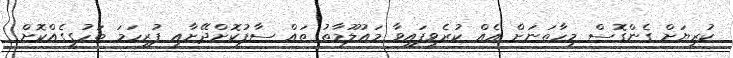
ކުރިޔަށް ގެންގޮސް މިހާތަނަށް އެއް ކުރެވިފައިވާ މައުލޫމާތު ތައް ސާފުކޮށްދޭށާއި ފުރިހަމަ ތަހުގީގެއްކޮށް